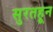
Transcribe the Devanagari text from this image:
सुरतहून